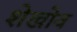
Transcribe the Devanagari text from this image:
शेखोव